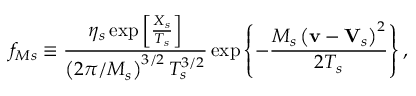
f _ { M s } \equiv \frac { \eta _ { s } \exp \left[ \frac { X _ { s } } { T _ { s } } \right] } { \left( 2 \pi / M _ { s } \right) ^ { 3 / 2 } T _ { s } ^ { 3 / 2 } } \exp \left\{ - \frac { M _ { s } \left( \mathbf { v } - \mathbf { V } _ { s } \right) ^ { 2 } } { 2 T _ { s } } \right\} ,